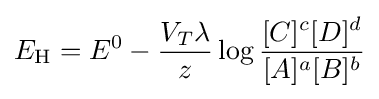
E_{\text{H}}=E^{0}-{\frac {V_{T}\lambda }{z}}\log {\frac {[C]^{c}[D]^{d}}{[A]^{a}[B]^{b}}}